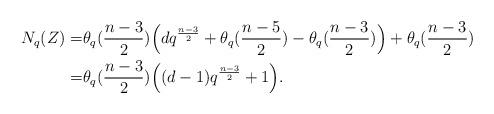
LaTeX: \begin{align*}N_q(Z) =& \theta_q(\frac{n-3}{2}) \Bigl( d q^{\frac{n-3}{2}} + \theta_q(\frac{n-5}{2}) - \theta_q(\frac{n-3}{2})\Bigr) +\theta_q(\frac{n-3}{2}) \\ = & \theta_q(\frac{n-3}{2}) \Bigl( (d-1)q^{\frac{n-3}{2}} +1 \Bigr). \end{align*}